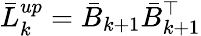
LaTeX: \bar{L}_{k}^{up}=\bar{B}_{k+1}\bar{B}_{k+1}^{\top}